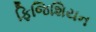
ફિજિશિયન